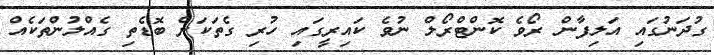
ގުދަނުގައި އަލިފާން ރޯވެ ކޮންޓްރޯލް ނުވެ ކައިރީގައި ހުރި ގެތަކަށް ބޮޑެތި ގެއްލުންތަކެއް